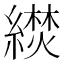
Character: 𬗼